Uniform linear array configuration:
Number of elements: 16
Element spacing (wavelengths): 0.25
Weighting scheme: uniform
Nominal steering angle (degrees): -30
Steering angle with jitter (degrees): -28.958
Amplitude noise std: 0.05
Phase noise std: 0.05

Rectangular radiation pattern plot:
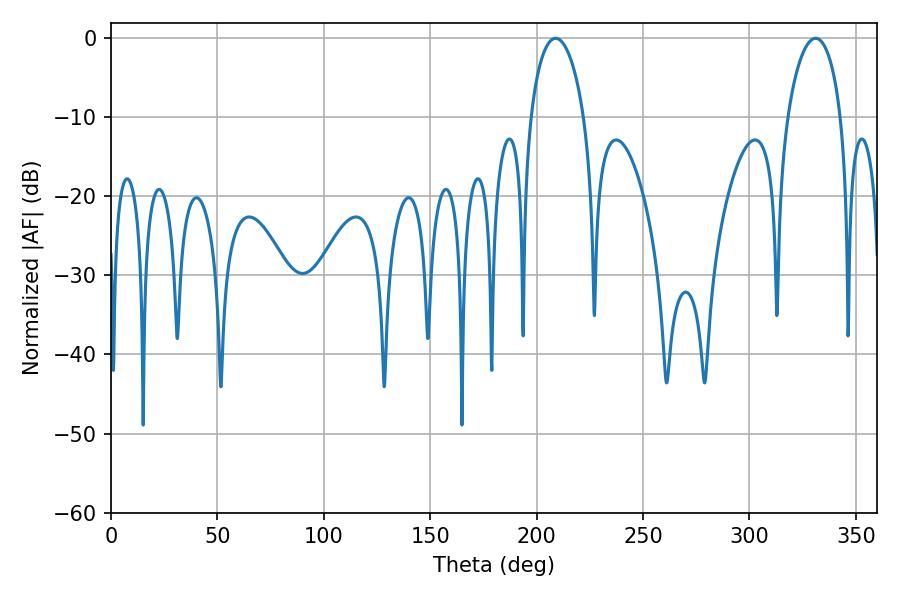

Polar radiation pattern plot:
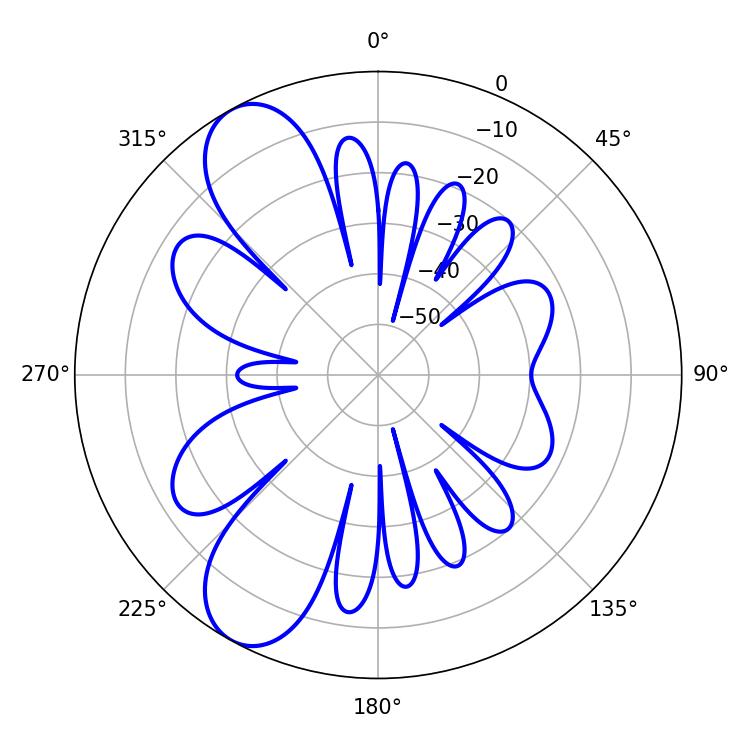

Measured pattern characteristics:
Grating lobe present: FALSE
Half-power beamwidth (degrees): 14.4
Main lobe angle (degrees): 208.98